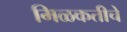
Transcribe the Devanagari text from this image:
मिळकतीचे